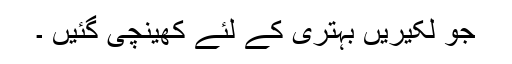
جو لکیریں بہتری کے لئے کھینچی گئیں ۔